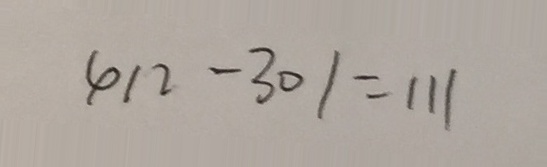
4 1 2 - 3 0 1 = 1 1 1